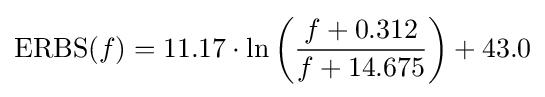
\mathrm {ERBS} (f)=11.17\cdot \ln \left({\frac {f+0.312}{f+14.675}}\right)+43.0